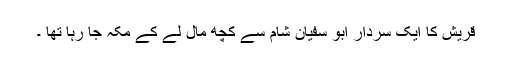
قریش کا ایک سردار ابو سفیان شام سے کچھ مال لے کے مکہ جا رہا تھا ۔